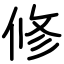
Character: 修